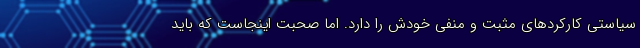
سیاستی‌ کارکردهای مثبت و منفی خودش را دارد. اما صحبت اینجاست که باید